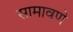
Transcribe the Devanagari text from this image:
सामावणे